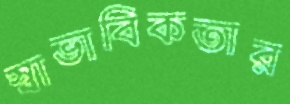
স্বাভাবিকতার